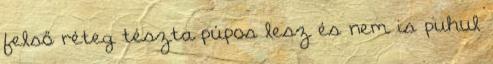
felső réteg tészta púpos lesz és nem is puhul